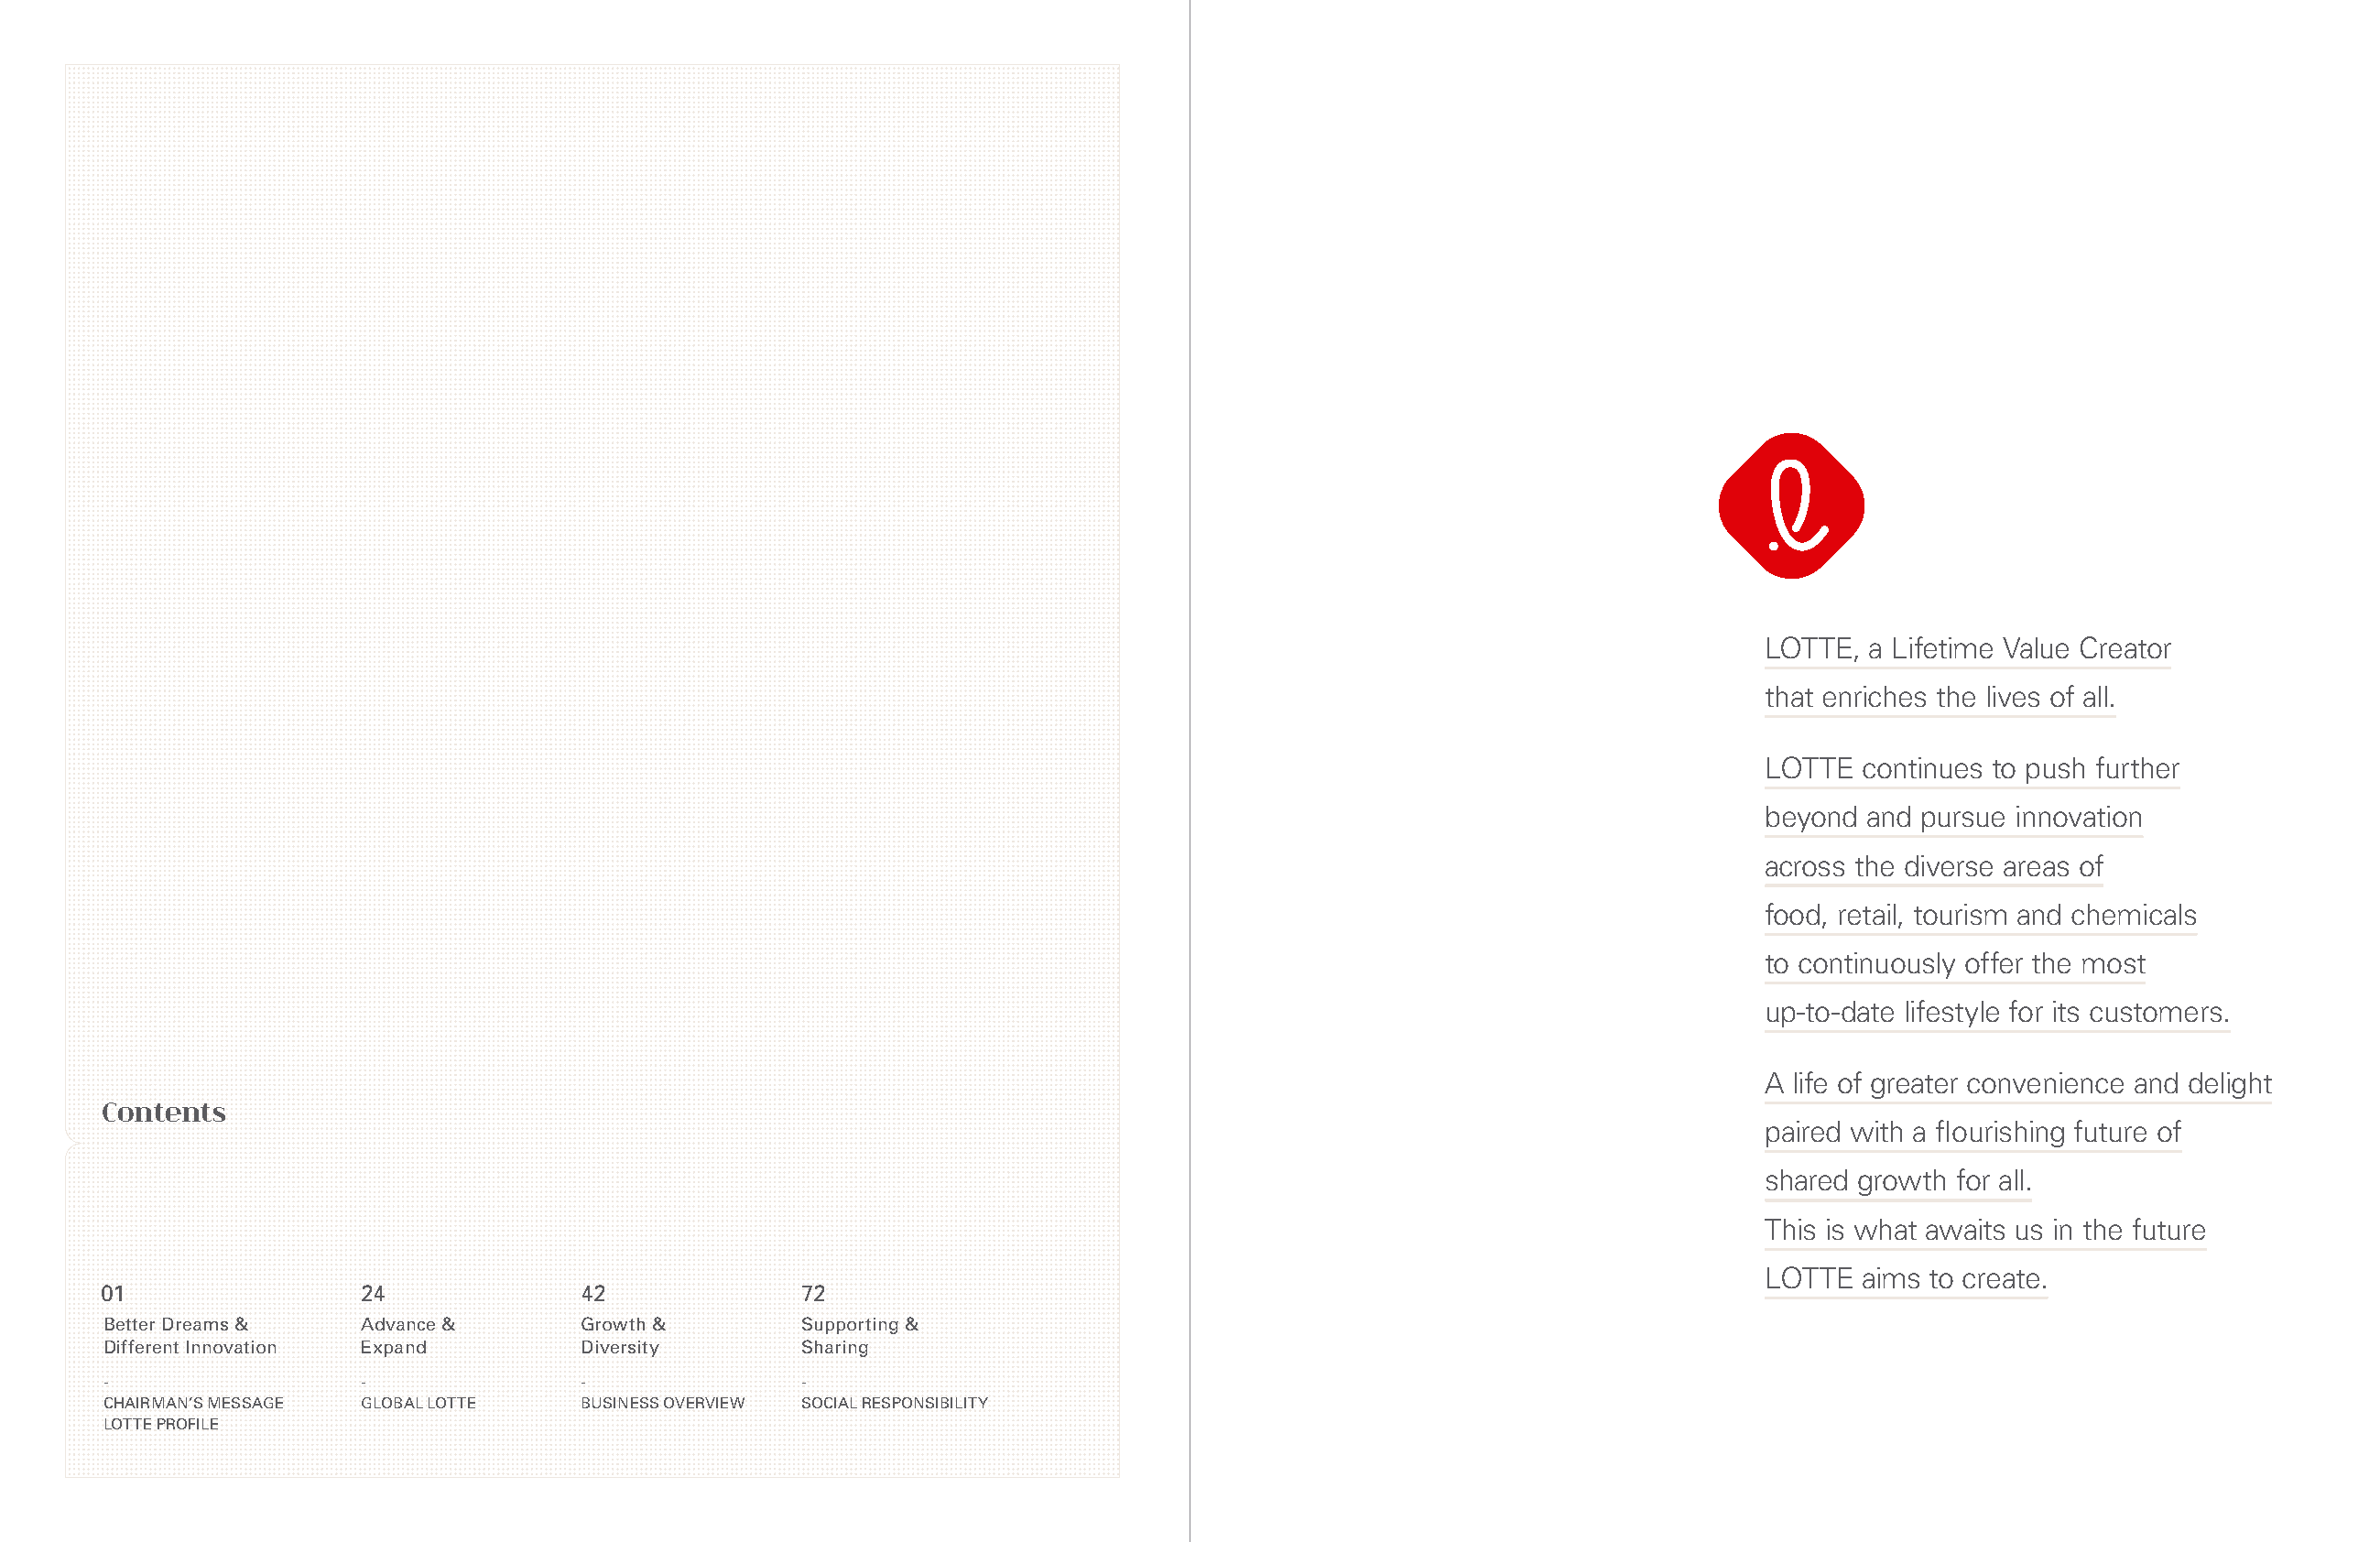
LOTTE, a Lifetime Value Creator
 that enriches the lives of all.
 LOTTE  continues to push further
 beyond and pursue innovation
 across the diverse areas of
 food, retail, tourism and chemicals
 to continuously offer the most
 up-to-date lifestyle for its customers.
 A life of greater convenience and delight
 Contents
 paired with a flourishing future of
 shared growth for all.
 This is what awaits us in the future
 LOTTE  aims to create.
 01                 24              42              72
 Better Dreams &    Advance &       Growth &        Supporting &
 Different Innovation Expand        Diversity       Sharing
 -                  -               -               -
 CHAIRMAN’S MESSAGE GLOBAL LOTTE    BUSINESS OVERVIEW SOCIAL RESPONSIBILITY
 LOTTE PROFILE